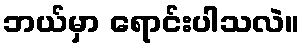
ဘယ်မှာ ရောင်းပါသလဲ။